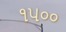
૧પ૦૦